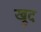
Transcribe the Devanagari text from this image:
ख्रुद